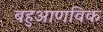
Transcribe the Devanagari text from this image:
बहुआणविक